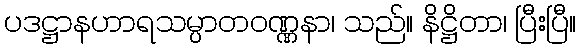
ပဒဋ္ဌာနဟာရသမ္ပာတဝဏ္ဏနာ၊ သည်။ နိဋ္ဌိတာ၊ ပြီးပြီ။